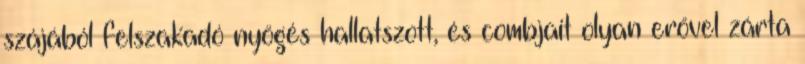
szájából felszakadó nyögés hallatszott, és combjait olyan erővel zárta